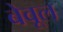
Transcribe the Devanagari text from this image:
बेवूल